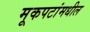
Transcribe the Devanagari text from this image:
मूकपटांमधील